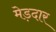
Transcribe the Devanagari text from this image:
मेड़दार